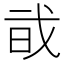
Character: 𢦱